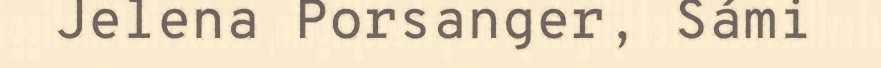
Jelena Porsanger, Sámi